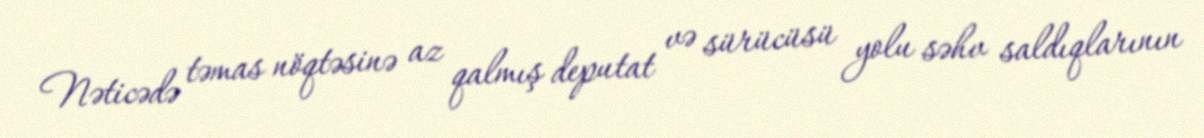
Nəticədə təmas nöqtəsinə az qalmış deputat və sürücüsü yolu səhv saldıqlarının